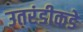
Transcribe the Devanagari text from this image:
उतरंडीकडे